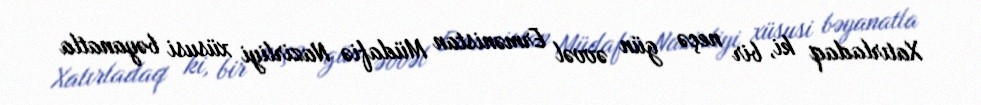
Xatırladaq ki, bir neçə gün əvvəl Ermənistan Müdafiə Nazirliyi xüsusi bəyanatla